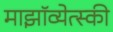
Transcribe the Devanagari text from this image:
माझॉव्येत्स्की